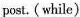
post. (while)